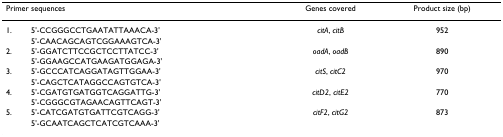
<table><thead><tr><td colspan="2"><b>Primer sequences</b></td><td><b>Genes covered</b></td><td><b>Product size (bp)</b></td></tr></thead><tbody><tr><td>1.</td><td>5&#x27;-CCGGGCCTGAATATTAAACA-3&#x27;</td><td><i>citA</i>, <i>citB</i></td><td>952</td></tr><tr><td></td><td>5&#x27;-CAACAGCAGTCGGAAAGTCA-3&#x27;</td><td></td><td></td></tr><tr><td>2.</td><td>5&#x27;-GGATCTTCCGCTCCTTATCC-3&#x27;</td><td><i>oadA</i>, <i>oadB</i></td><td>890</td></tr><tr><td></td><td>5&#x27;-GGAAGCCATGAAGATGGAGA-3&#x27;</td><td></td><td></td></tr><tr><td>3.</td><td>5&#x27;-GCCCATCAGGATAGTTGGAA-3&#x27;</td><td><i>citS</i>, <i>citC2</i></td><td>970</td></tr><tr><td></td><td>5&#x27;-CAGCTCATAGGCCAGTGTCA-3&#x27;</td><td></td><td></td></tr><tr><td>4.</td><td>5&#x27;-CGATGTGATGGTCAGGATTG-3&#x27;</td><td><i>citD2</i>, <i>citE2</i></td><td>770</td></tr><tr><td></td><td>5&#x27;-CGGGCGTAGAACAGTTCAGT-3&#x27;</td><td></td><td></td></tr><tr><td>5.</td><td>5&#x27;-CATCGATGTGATTCGTCAGG-3&#x27;</td><td><i>citF2</i>, <i>citG2</i></td><td>873</td></tr><tr><td></td><td>5&#x27;-GCAATCAGCTCATCGTCAAA-3&#x27;</td><td></td><td></td></tr></tbody></table>